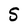
Character: S